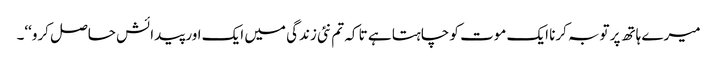
میرے ہاتھ پر توبہ کرنا ایک موت کو چاہتا ہے تا کہ تم نئی زندگی میں ایک اور پیدائش حاصل کرو‘‘۔